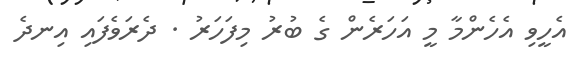
އެހީވި އެހެންމާ މީ އަހަރެން ގެ ބުރު މިފަހަރު . ދެރަވެފައި އިނދެ